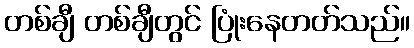
တစ်ချီ တစ်ချီတွင် ပြုံးနေတတ်သည်။